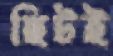
ছিটই